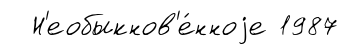
Н'еобыкнов'е́нноjе 1987